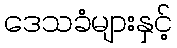
ဒေသခံများနှင့်